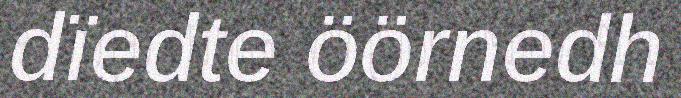
dïedte öörnedh